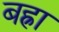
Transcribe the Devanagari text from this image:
बह्रा